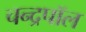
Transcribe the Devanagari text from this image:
चन्द्रपॉल